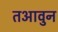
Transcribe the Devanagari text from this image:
तआवुन